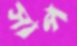
সাপ